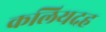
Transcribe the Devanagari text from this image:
कलियदह